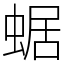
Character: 蜛